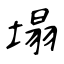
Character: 塌